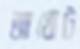
আখোট